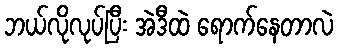
ဘယ်လိုလုပ်ပြီး အဲဒီထဲ ရောက်နေတာလဲ